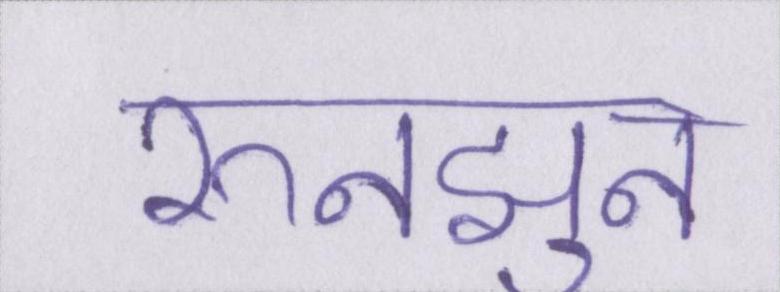
रुनझुन